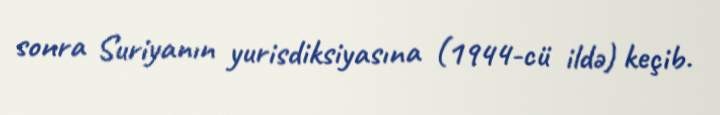
sonra Suriyanın yurisdiksiyasına (1944-cü ildə) keçib.